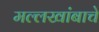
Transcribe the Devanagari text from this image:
मल्लखांबाचे